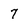
Character: 7